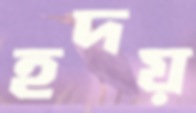
হদয়